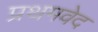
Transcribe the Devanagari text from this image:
प्रथमवेद